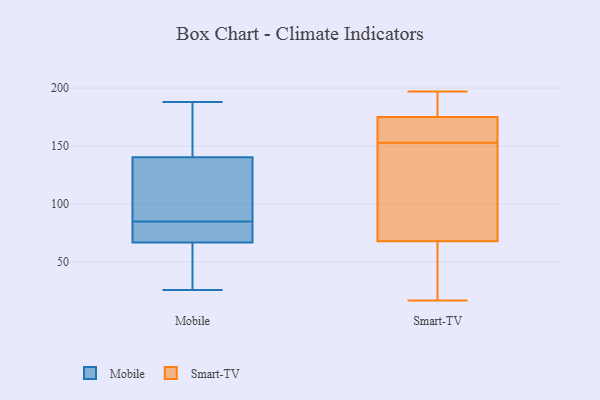
{"axis": {"x": "Churn Rate (%)", "y": "Value"}, "legend": ["Mobile", "Smart-TV"], "data": [{"x": "", "y": 73, "type": "Mobile"}, {"x": "", "y": 108, "type": "Mobile"}, {"x": "", "y": 107, "type": "Mobile"}, {"x": "", "y": 79, "type": "Mobile"}, {"x": "", "y": 141, "type": "Mobile"}, {"x": "", "y": 139, "type": "Mobile"}, {"x": "", "y": 82, "type": "Mobile"}, {"x": "", "y": 26, "type": "Mobile"}, {"x": "", "y": 65, "type": "Mobile"}, {"x": "", "y": 29, "type": "Mobile"}, {"x": "", "y": 41, "type": "Mobile"}, {"x": "", "y": 176, "type": "Mobile"}, {"x": "", "y": 188, "type": "Mobile"}, {"x": "", "y": 144, "type": "Mobile"}, {"x": "", "y": 85, "type": "Mobile"}, {"x": "", "y": 24, "type": "Smart-TV"}, {"x": "", "y": 197, "type": "Smart-TV"}, {"x": "", "y": 83, "type": "Smart-TV"}, {"x": "", "y": 29, "type": "Smart-TV"}, {"x": "", "y": 53, "type": "Smart-TV"}, {"x": "", "y": 168, "type": "Smart-TV"}, {"x": "", "y": 49, "type": "Smart-TV"}, {"x": "", "y": 167, "type": "Smart-TV"}, {"x": "", "y": 159, "type": "Smart-TV"}, {"x": "", "y": 166, "type": "Smart-TV"}, {"x": "", "y": 17, "type": "Smart-TV"}, {"x": "", "y": 179, "type": "Smart-TV"}, {"x": "", "y": 175, "type": "Smart-TV"}, {"x": "", "y": 195, "type": "Smart-TV"}, {"x": "", "y": 98, "type": "Smart-TV"}, {"x": "", "y": 123, "type": "Smart-TV"}, {"x": "", "y": 83, "type": "Smart-TV"}, {"x": "", "y": 175, "type": "Smart-TV"}, {"x": "", "y": 147, "type": "Smart-TV"}, {"x": "", "y": 177, "type": "Smart-TV"}]}